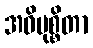
အဓိမုစ္စိတာ